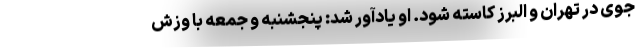
جوی در تهران و البرز کاسته شود. او یادآور شد: پنجشنبه و جمعه با وزش